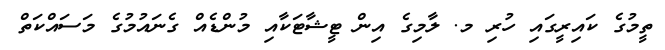
ތީމުގެ ކައިރީގައި ހުރި މ. ލާމިގެ އިން ޓީޝާޓަކާއި މުންޑެއް ގެނައުމުގެ މަސައްކަތް